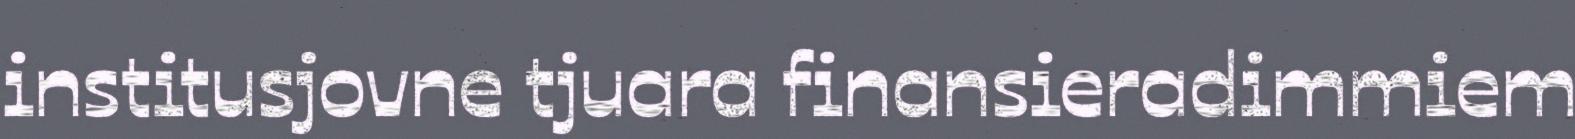
institusjovne tjuara finansieradimmiem